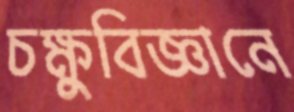
চক্ষুবিজ্ঞানে